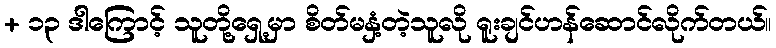
+ ၁၃ ဒါကြောင့် သူတို့ရှေ့မှာ စိတ်မနှံ့တဲ့သူလို ရူးချင်ဟန်ဆောင်လိုက်တယ်။